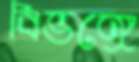
বিভঙ্গে